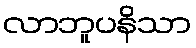
လာဘူပနိသာ